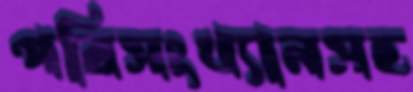
পরিসংখ্যানসহ